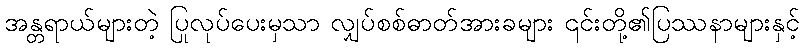
အန္တရာယ်များတဲ့ ပြုလုပ်ပေးမှသာ လျှပ်စစ်ဓာတ်အားခများ ၎င်းတို့၏ပြဿနာများနှင့်